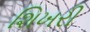
શિખરી